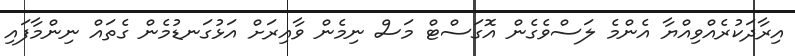
އިރާދަކުރެއްވިއްޔާ އެންމެ ލަސްވެގެން އޮގަސްޓް މަސް ނިމެން ވާއިރަށް އަޅުގަނޑުމެން ގެތައް ނިންމާފައި